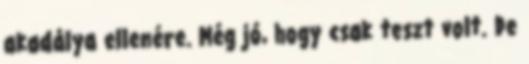
akadálya ellenére. Még jó, hogy csak teszt volt. De